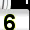
Digit: 3